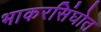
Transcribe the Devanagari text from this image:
भाकरसिंघोत